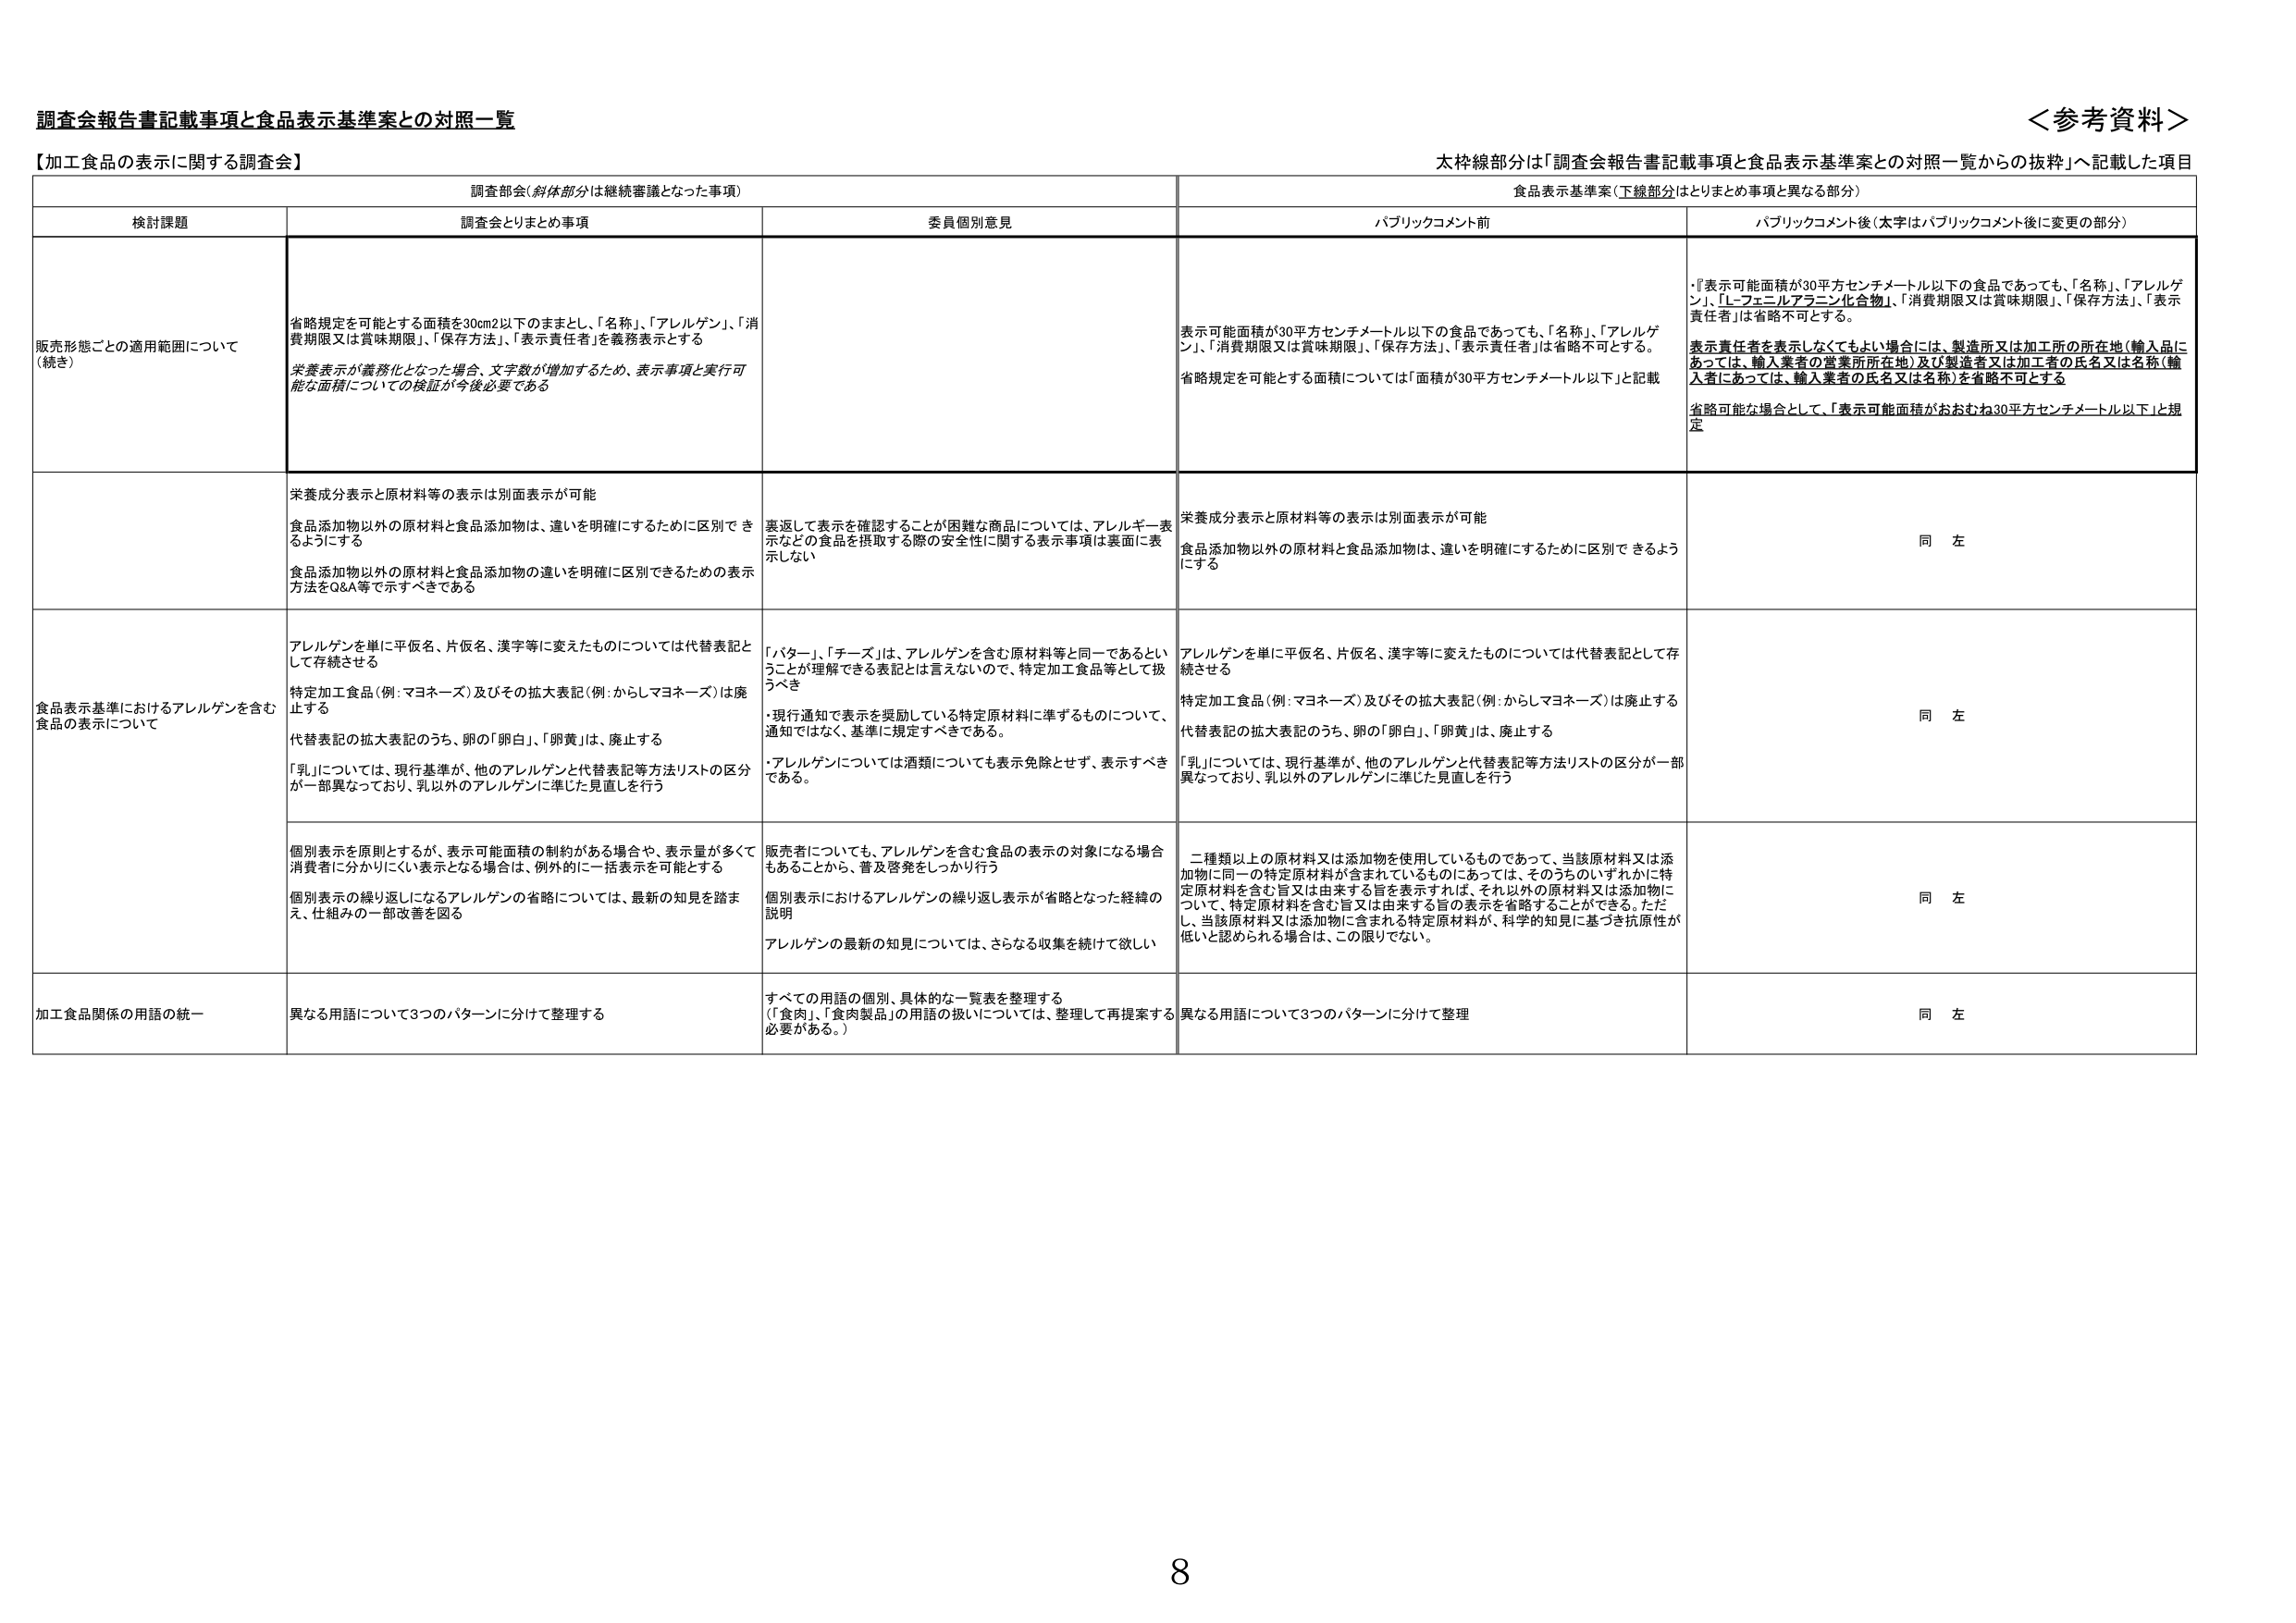
調査会報告書記載事項と食品表示基準案との対照一覧

＜参考資料＞

【加工食品の表示に関する調査会】

太枠線部分は「調査会報告書記載事項と食品表示基準案との対照一覧からの抜粋」へ記載した項目

調査部会（斜体部分は継続審議となった事項）
食品表示基準案（下線部分はとりまとめ事項と異なる部分）

検討課題
調査会とりまとめ事項
委員個別意見
パブリックコメント前
パブリックコメント後（太字はパブリックコメント後に変更の部分）

販売形態ごとの適用範囲について（続き）
省略規定を可能とする面積を30cm2以下のままとし、「名称」、「アレルゲン」、「消費期限又は賞味期限」、「保存方法」、「表示責任者」を義務表示とする
栄養表示が義務化となった場合、文字数が増加するため、表示事項と実行可能な面積についての検証が今後必要である
表示可能面積が30平方センチメートル以下の食品であっても、「名称」、「アレルゲン」、「消費期限又は賞味期限」、「保存方法」、「表示責任者」は省略不可とする。
省略規定を可能とする面積については「面積が30平方センチメートル以下」と記載
・「表示可能面積が30平方センチメートル以下の食品であっても、「名称」、「アレルゲン」、「L-フェニルアラニン化合物」、「消費期限又は賞味期限」、「保存方法」、「表示責任者」は省略不可とする。
表示責任者を表示しなくてもよい場合には、製造所又は加工所の所在地（輸入品にあっては、輸入業者の営業所所在地）及び製造者又は加工者の氏名又は名称（輸入者にあっては、輸入業者の氏名又は名称）を省略不可とする
省略可能な場合として、「表示可能面積がおおむね30平方センチメートル以下」と規定

栄養成分表示と原材料等の表示は別面表示が可能
食品添加物以外の原材料と食品添加物は、違いを明確にするために区別できるようにする
食品添加物以外の原材料と食品添加物の違いを明確に区別できるための表示方法をQ&A等で示すべきである
裏返して表示を確認することが困難な商品については、アレルギー表示などの食品を摂取する際の安全性に関する表示事項は裏面に表示しない
栄養成分表示と原材料等の表示は別面表示が可能
食品添加物以外の原材料と食品添加物は、違いを明確にするために区別できるようにする
同左

食品表示基準におけるアレルゲンを含む食品の表示について
アレルゲンを単に平仮名、片仮名、漢字等に変えたものについては代替表記として存続させる
特定加工食品（例：マヨネーズ）及びその拡大表記（例：からしマヨネーズ）は廃止する
代替表記の拡大表記のうち、卵の「卵白」、「卵黄」は、廃止する
「乳」については、現行基準が、他のアレルゲンと代替表記等方法リストの区分が一部異なっており、乳以外のアレルゲンに準じた見直しを行う
「バター」、「チーズ」は、アレルゲンを含む原材料等と同一であるということが理解できる表記とは言えないので、特定加工食品等として扱うべき
・現行通知で表示を奨励している特定原材料に準ずるものについて、通知ではなく、基準に規定すべきである。
・アレルゲンについては酒類についても表示免除とせず、表示すべきである。
アレルゲンを単に平仮名、片仮名、漢字等に変えたものについては代替表記として存続させる
特定加工食品（例：マヨネーズ）及びその拡大表記（例：からしマヨネーズ）は廃止する
代替表記の拡大表記のうち、卵の「卵白」、「卵黄」は、廃止する
「乳」については、現行基準が、他のアレルゲンと代替表記等方法リストの区分が一部異なっており、乳以外のアレルゲンに準じた見直しを行う
同左

個別表示を原則とするが、表示可能面積の制約がある場合や、表示量が多くて消費者に分かりにくい表示となる場合は、例外的に一括表示を可能とする
個別表示の繰り返しになるアレルゲンの省略については、最新の知見を踏まえ、仕組みの一部改善を図る
販売者についても、アレルゲンを含む食品の表示の対象になる場合もあることから、普及啓発をしっかり行う
個別表示におけるアレルゲンの繰り返し表示が省略となった経緯の説明
アレルゲンの最新の知見については、さらなる収集を続けて欲しい
二種類以上の原材料又は添加物を使用しているものであって、当該原材料又は添加物に同一の特定原材料が含まれているものにあっては、そのうちのいずれかに特定原材料を含む旨又は由来する旨を表示すれば、それ以外の原材料又は添加物について、特定原材料を含む旨又は由来する旨の表示は省略することができる。ただし、当該原材料又は添加物に含まれる特定原材料が、科学的知見に基づき抗原性が低いと認められる場合は、この限りでない。
同左

加工食品関係の用語の統一
異なる用語について3つのパターンに分けて整理する
すべての用語の個別、具体的な一覧表を整理する（「食肉」、「食肉製品」の用語の扱いについては、整理して再提案する必要がある。）
異なる用語について3つのパターンに分けて整理
同左

8